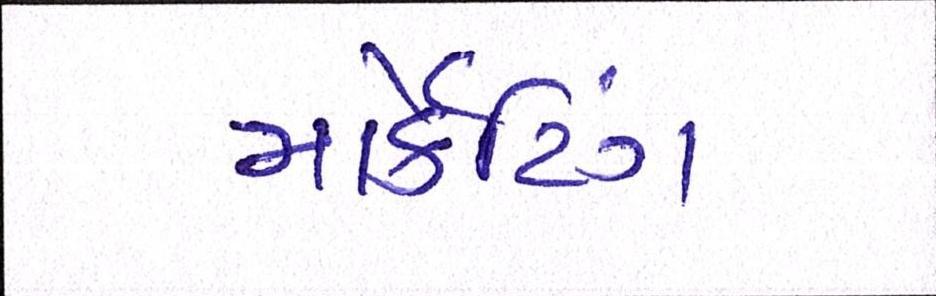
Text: માર્કેટિંગ